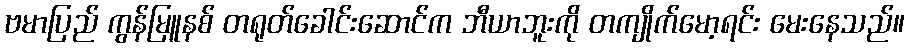
ဗမာပြည် ကွန်မြူနစ် တရုတ်ခေါင်းဆောင်က ဘီယာဘူးကို တကျိုက်မော့ရင်း မေးနေသည်။